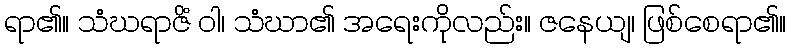
ရာ၏။ သံဃရာဇိံ ဝါ၊ သံဃာ၏ အရေးကိုလည်း။ ဇနေယျ၊ ဖြစ်စေရာ၏။